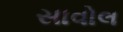
સાવોલ